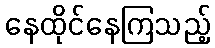
နေထိုင်နေကြသည့်